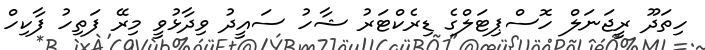
ހިތަދޫ ރީޖަނަލް ހޮސްޕިޓަލްގެ ޑިރެކްޓަރު ޝާހު ސައީދު ވިދާޅުވީ މިރޭ ފަތިހު ފާކިހް